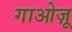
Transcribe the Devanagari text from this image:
गाओज़ू